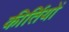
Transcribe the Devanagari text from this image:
कीर्तियों